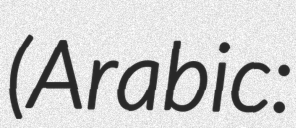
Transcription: (Arabic: